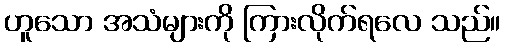
ဟူသော အသံများကို ကြားလိုက်ရလေ သည်။